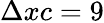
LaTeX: \Delta xc=9